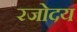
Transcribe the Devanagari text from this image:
रजोदय